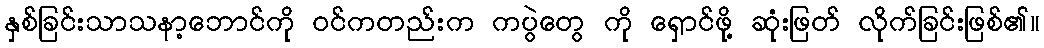
နှစ်ခြင်းသာသနာ့ဘောင်ကို ဝင်ကတည်းက ကပွဲတွေ ကို ရှောင်ဖို့ ဆုံးဖြတ် လိုက်ခြင်းဖြစ်၏။